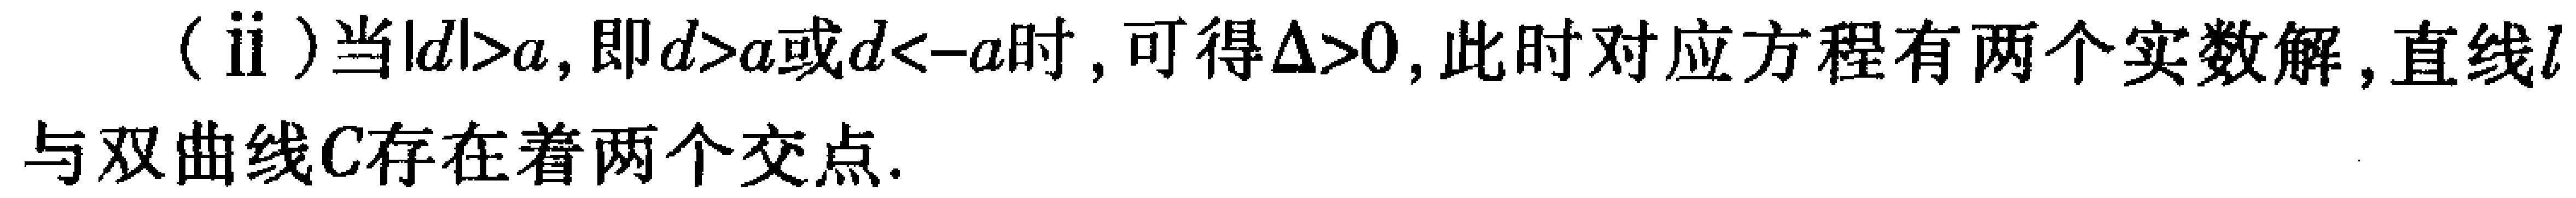
(ii) 当\(\vert d\vert > a\)，即\(d > a\)或\(d < -a\)时，可得\(\Delta>0\)，此时对应方程有两个实数解，直线\(l\)与双曲线\(C\)存在着两个交点.